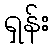
ရှန်း